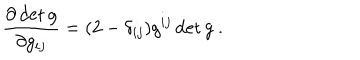
\frac { \partial \det g } { \partial g _ { i j } } = ( 2 - \delta _ { i j } ) g ^ { i j } \det g \ .